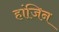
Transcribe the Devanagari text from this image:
हांजिन